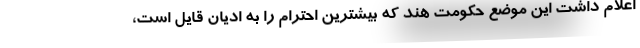
اعلام داشت این موضع حکومت هند که بیشترین احترام را به ادیان قایل است،